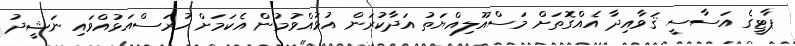
ޕާޓީގެ އަސާސީ ޤަވާއިދާ އެއްގޮތަށް މަސްއޫލިއްޔަތު އަދާކުރަން އުޅުއްވުމުން އެކަމަށް ހުރަސްއަޅުއްވައި ނަޝީދު